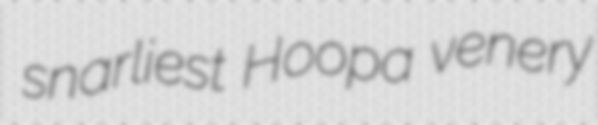
snarliest Hoopa venery